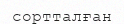
сортталған